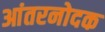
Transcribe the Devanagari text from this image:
आंतरनोदक